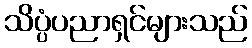
သိပ္ပံပညာရှင်များသည်